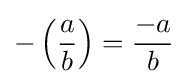
-\left({\frac {a}{b}}\right)={\frac {-a}{b}}